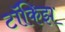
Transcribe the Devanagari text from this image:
टॉकिझ